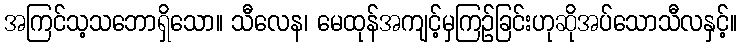
အကြင်သ့သဘောရှိသော။ သီလေန၊ မေထုန်အကျင့်မှကြဉ်ခြင်းဟုဆိုအပ်သောသီလနှင့်။